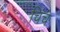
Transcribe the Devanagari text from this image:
चिंचे